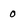
Character: 0